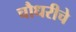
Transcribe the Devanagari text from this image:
चौधरीचे